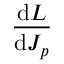
\frac { \mathrm { d } L } { \mathrm { d } J _ { p } }